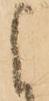
よ